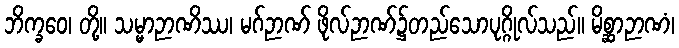
ဘိက္ခဝေ၊ တို့။ သမ္မာဉာဏိဿ၊ မဂ်ဉာဏ် ဖိုလ်ဉာဏ်၌တည်သောပုဂ္ဂိုလ်သည်။ မိစ္ဆာဉာဏံ၊